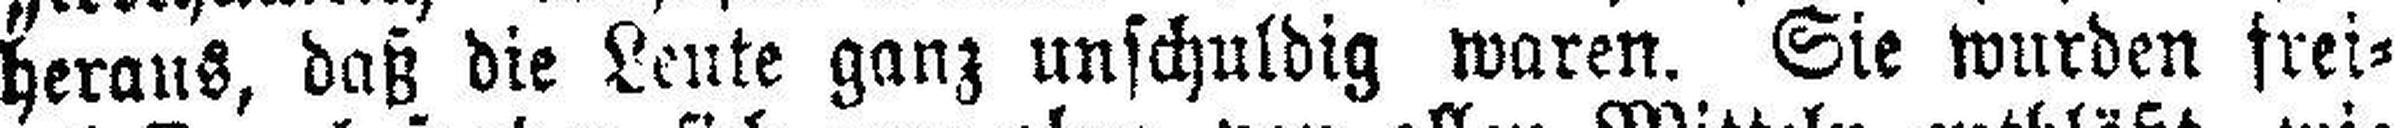
heraus, daß die Leute ganz unschuldig waren. Sie wurden frei¬